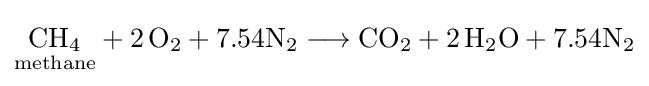
{{\underset {\mathrm {methane} }{\mathrm {CH} {\vphantom {A}}_{\smash[{t}]{4}}}}{}+{}2\,\mathrm {O} {\vphantom {A}}_{\smash[{t}]{2}}}+7.54{\mathrm {N} {\vphantom {A}}_{\smash[{t}]{2}}{}\mathrel {\longrightarrow } {}\mathrm {CO} {\vphantom {A}}_{\smash[{t}]{2}}{}+{}2\,\mathrm {H} {\vphantom {A}}_{\smash[{t}]{2}}\mathrm {O} }+7.54{\mathrm {N} {\vphantom {A}}_{\smash[{t}]{2}}}